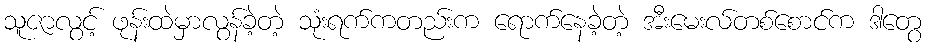
သူဇာလွင့် ဖုန်းထဲမှာလွန်ခဲ့တဲ့ သုံးရက်ကတည်းက ရောက်နေခဲ့တဲ့ အီးမေးလ်တစ်စောင်က ဒါတွေ